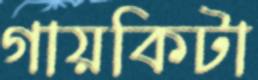
গায়কিটা